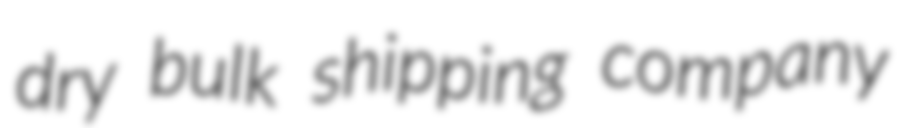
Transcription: dry bulk shipping company